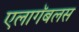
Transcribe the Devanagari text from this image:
एलागॅबलस